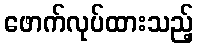
ဖောက်လုပ်ထားသည့်